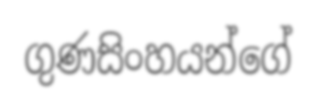
ගුණසිංහයන්ගේ